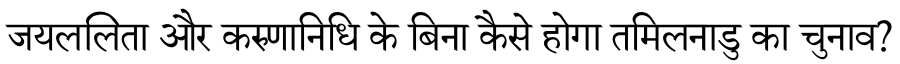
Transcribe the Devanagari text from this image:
जयललिता और करुणानिधि के बिना कैसे होगा तमिलनाडु का चुनाव?